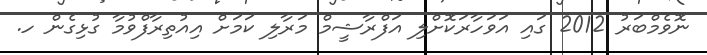
ނޮވެމްބަރު 2012 ގައި އަވަހާރަކޮށްލި އަފްރާޝީމް މަރާލި ކަމަށް އިއުތިރާފްވުމާ ގުޅިގެން ހ.